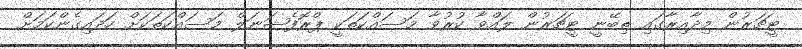
ޓީޗަރުން މިދާއިރާގައި ތިބޭނީ ޓީޗަރުން ލައްވާ ކުރުވާ މަސައްކަތަކީ ޕްރޮފެޝަނަލް މަސައްކަތަކަށް ހަދައިގެންކަމަށް